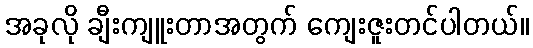
အခုလို ချီးကျူးတာအတွက် ကျေးဇူးတင်ပါတယ်။